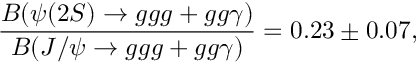
\frac { B ( \psi ( 2 S ) \rightarrow g g g + g g \gamma ) } { B ( J / \psi \rightarrow g g g + g g \gamma ) } = 0 . 2 3 \pm 0 . 0 7 ,